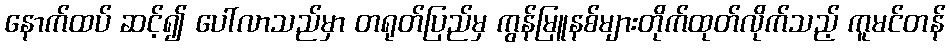
နောက်ထပ် ဆင့်၍ ပေါ်လာသည်မှာ တရုတ်ပြည်မှ ကွန်မြူနစ်များတိုက်ထုတ်လိုက်သည့် ကူမင်တန်